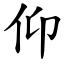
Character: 仰